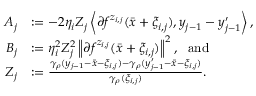
\begin{array} { r l } { A _ { j } } & { : = - 2 \eta _ { i } Z _ { j } \left\langle \partial f ^ { z _ { i , j } } ( \bar { x } + \xi _ { i , j } ) , y _ { j - 1 } - y _ { j - 1 } ^ { \prime } \right\rangle , } \\ { B _ { j } } & { : = \eta _ { i } ^ { 2 } Z _ { j } ^ { 2 } \left\lVert \partial f ^ { z _ { i , j } } ( \bar { x } + \xi _ { i , j } ) \right\rVert ^ { 2 } , ~ ~ \mathrm { a n d } } \\ { Z _ { j } } & { : = \frac { \gamma _ { \rho } ( y _ { j - 1 } - \bar { x } - \xi _ { i , j } ) - \gamma _ { \rho } ( y _ { j - 1 } ^ { \prime } - \bar { x } - \xi _ { i , j } ) } { \gamma _ { \rho } ( \xi _ { i , j } ) } . } \end{array}